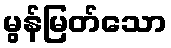
မွန်မြတ်သော